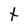
Character: t